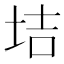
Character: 𡋥